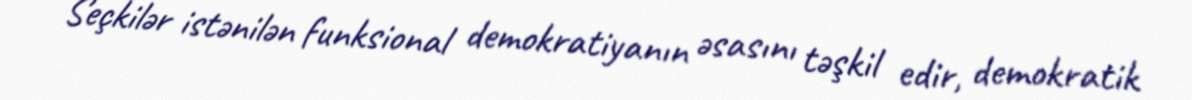
Seçkilər istənilən funksional demokratiyanın əsasını təşkil edir, demokratik